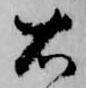
右